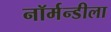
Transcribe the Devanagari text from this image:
नॉर्मन्डीला